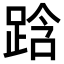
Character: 𮛜